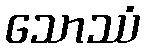
သောဿံ